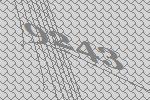
9243